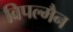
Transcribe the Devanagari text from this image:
विपल्मैन